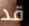
قد